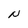
Character: N